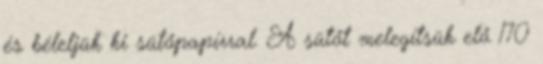
és béleljük ki sütőpapírral. A sütőt melegítsük elő 170